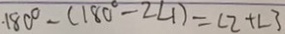
\cdot 1 8 0 ^ { \circ } - ( 1 8 0 ^ { \circ } - 2 \angle 1 ) = \angle 2 + \angle 3